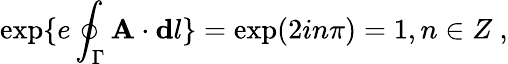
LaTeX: \exp\{ e\oint_{\Gamma}{\mathbf A}\cdot{\mathbf dl}\} =\exp(2in\pi)=1,n\in Z\ ,